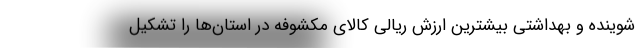
شوینده و بهداشتی بیشترین ارزش ریالی کالای مکشوفه در استان‌ها را تشکیل